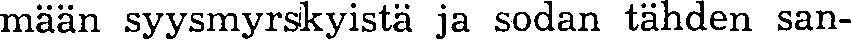
mään syysmyrskyistä ja sodan tähden san-